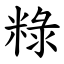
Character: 粶